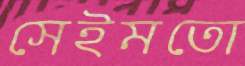
সেইমতো